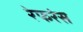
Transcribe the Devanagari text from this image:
रेफरंस